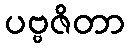
ပဗ္ဗဇိတာ